Annual report on the working of the lock hospitals in the Central Provinces
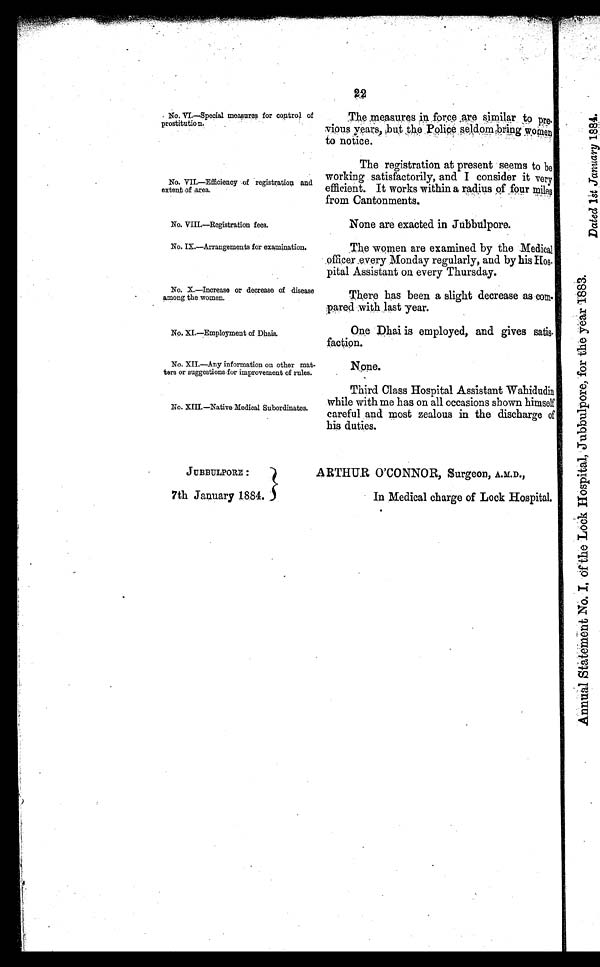
The measures in force are similar to pre
vious years, but the Police seldom bring women
to notice.
The registration at present seems to be
working satisfactorily, and I consider it very
efficient. It works within a radius of four miles
from Cantonments.
None are exacted in Jubbulpore.
The women are examined by the Medical
officer every Monday regularly, and by his Hos
pital Assistant on every Thursday.
There has been a slight decrease as co
mpared ,with last year.
One Dhai is employed, and gives satis
faction.
No. VI.—Special measures for control of
prostitution.
No. VII.—Efficiency of registration and
extent of area.
No. X.—Increase or decrease of disease
among the women.
No. XI.—Employment of Dhais.
No. VIII.—Registration fees.
No. IX.—Arrangements for examination.
No. XII.—Any information on other mat
ters or suggestions for improvement of rules.
No. XIII.—Native Medical Subordinates.
JUBBULPORE :
7th January 1884.
ARTHUR O'CONNOR, Surgeon, A.M.D.,
In Medical charge of Lock Hospital.
22
None.
Third Class Hospital Assistant Wahidudin
while with me has on all occasions shown himself
careful and most zealous in the discharge of
his duties.